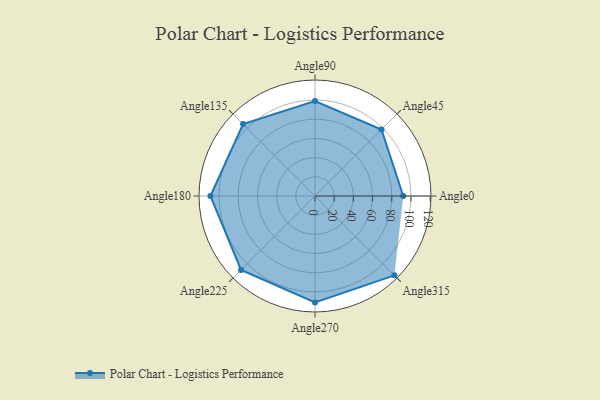
{"axis": {"x": "Angle", "y": "Radius"}, "legend": [""], "data": [{"x": "Angle0", "y": 92.0, "type": ""}, {"x": "Angle45", "y": 98.0, "type": ""}, {"x": "Angle90", "y": 99.0, "type": ""}, {"x": "Angle135", "y": 106.0, "type": ""}, {"x": "Angle180", "y": 109.0, "type": ""}, {"x": "Angle225", "y": 109.0, "type": ""}, {"x": "Angle270", "y": 111.0, "type": ""}, {"x": "Angle315", "y": 117.0, "type": ""}]}